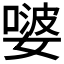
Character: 𭒕